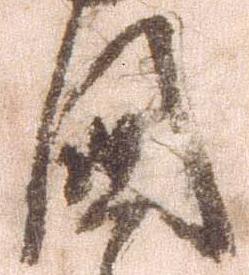
国